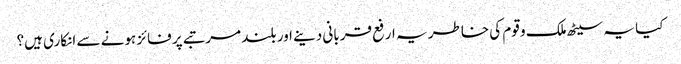
کیا یہ سیٹھ ملک و قوم کی خاطر یہ ارفع قربانی دینے اور بلند مرتبے پر فائز ہونے سے انکاری ہیں؟